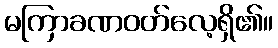
မကြာခဏဝတ်လေ့ရှိ၏။